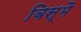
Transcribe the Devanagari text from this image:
बिस्मै